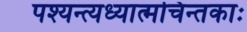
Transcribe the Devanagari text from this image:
पश्यन्त्यध्यात्मचिन्तकाः